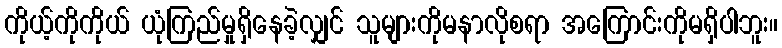
ကိုယ့်ကိုကိုယ် ယုံကြည်မှုရှိနေခဲ့လျှင် သူများကိုမနာလိုစရာ အကြောင်းကိုမရှိပါဘူး။